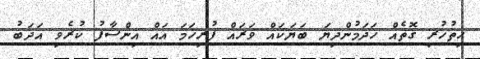
ހިތުހުރި ގޮތެއް ހަދަމުންދިޔަ ބަޔަކައް ވަރައް ފުރިހަމަ އައް އިންސާފު ކުރެވި އަދަބު